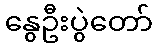
နွေဦးပွဲတော်